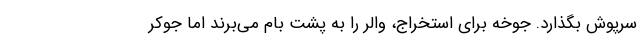
سرپوش بگذارد. جوخه برای استخراج، والر را به پشت بام می‌برند اما جوکر